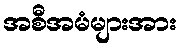
အစီအမံများအား